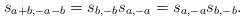
\begin{align*} s_{a+b,-a-b}=s_{b,-b}s_{a,-a}=s_{a,-a}s_{b,-b}.\end{align*}